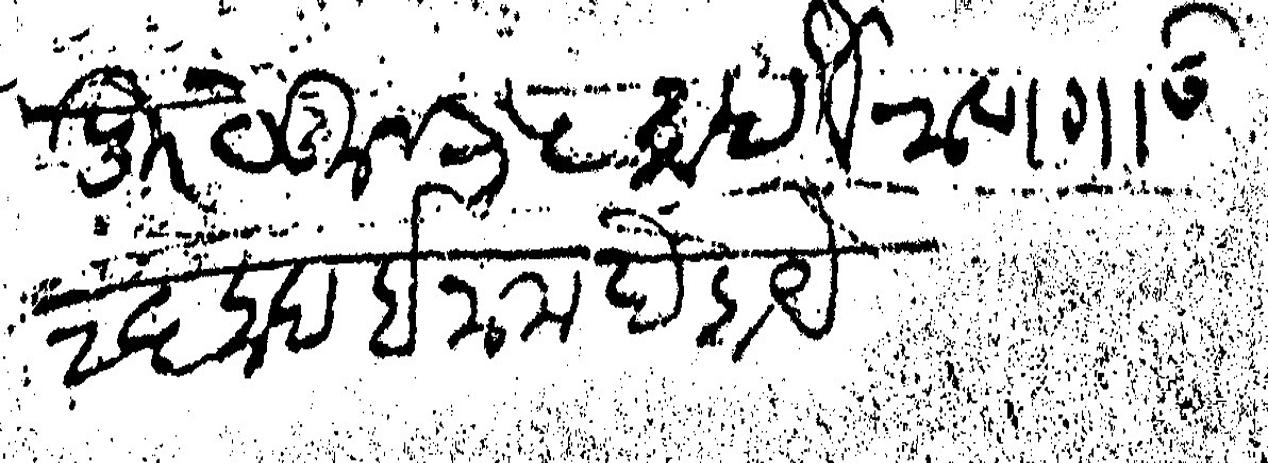
Transliteration (Devanagari): खवासपूर येकून ३५ बाद वैराण गाऊ २६ बाद इनाम देहाये